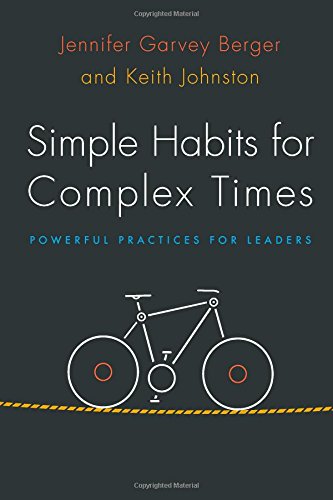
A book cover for Simple Habits for Complex Times: Powerful Practices for Leaders; Jennifer Garvey Berger; Business & Money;